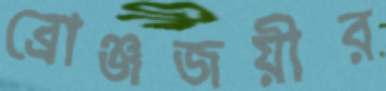
ব্রোঞ্জজয়ীর